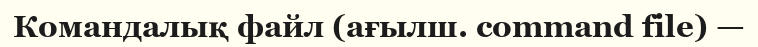
Командалық файл (ағылш. command file) —